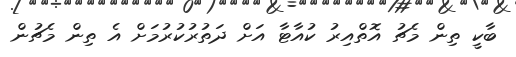
ބާކީ ތިން މެޗު އޮތްއިރު ކުއާޓާ އަށް ދަތުރުކުރުމަށް އެ ތިން މެޗުން